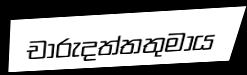
චාරුදත්තතුමාය